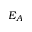
E _ { A }